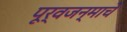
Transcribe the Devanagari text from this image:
पूर्वजन्माचें